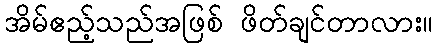
အိမ်ဧည့်သည်အဖြစ် ဖိတ်ချင်တာလား။